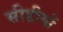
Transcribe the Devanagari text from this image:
सीडीयों